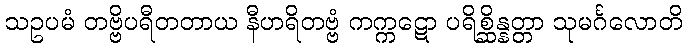
သဥပမံ တဗ္ဗိပရီတတာယ နီဟရိတဗ္ဗံ ကက္ကဋော ပရိစ္ဆိန္နတ္တာ သုမင်္ဂလောတိ